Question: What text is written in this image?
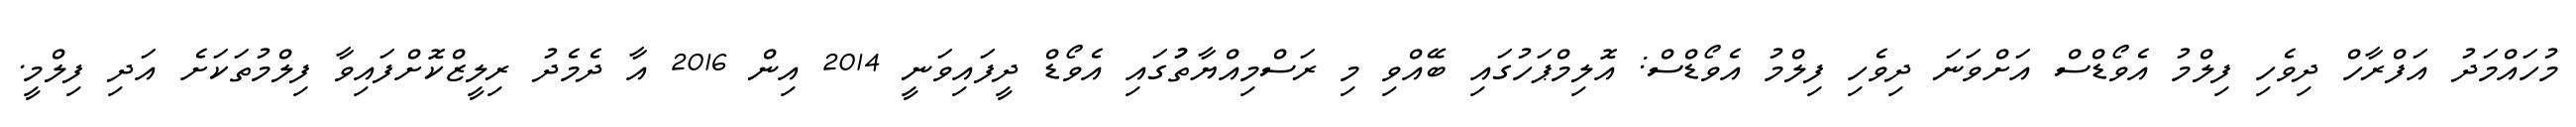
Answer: މުހައްމަދު އަފްރާހް ދިވެހި ފިލްމު އެވޯޑްސް އަށްވަނަ ދިވެހި ފިލްމު އެވޯޑްސް: އޮލިމްޕަހުގައި ބޭއްވި މި ރަސްމިއްޔާތުުގައި އެވޯޑް ދީފައިވަނީ 2014 އިން 2016 އާ ދެމެދު ރިލީޒްކޮށްފައިވާ ފިލްމުތަކަށެ އަދި ފިލްމީ.